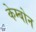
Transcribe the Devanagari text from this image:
केम्बोन